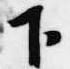
下